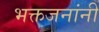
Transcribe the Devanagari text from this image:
भक्तजनांनी